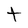
Character: t